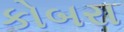
કોબરા